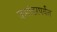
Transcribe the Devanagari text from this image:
कमांडरपर्यंत